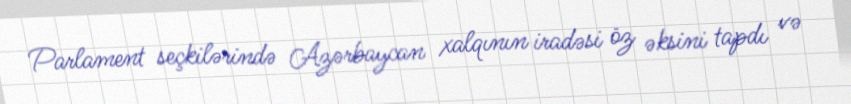
Parlament seçkilərində Azərbaycan xalqının iradəsi öz əksini tapdı və